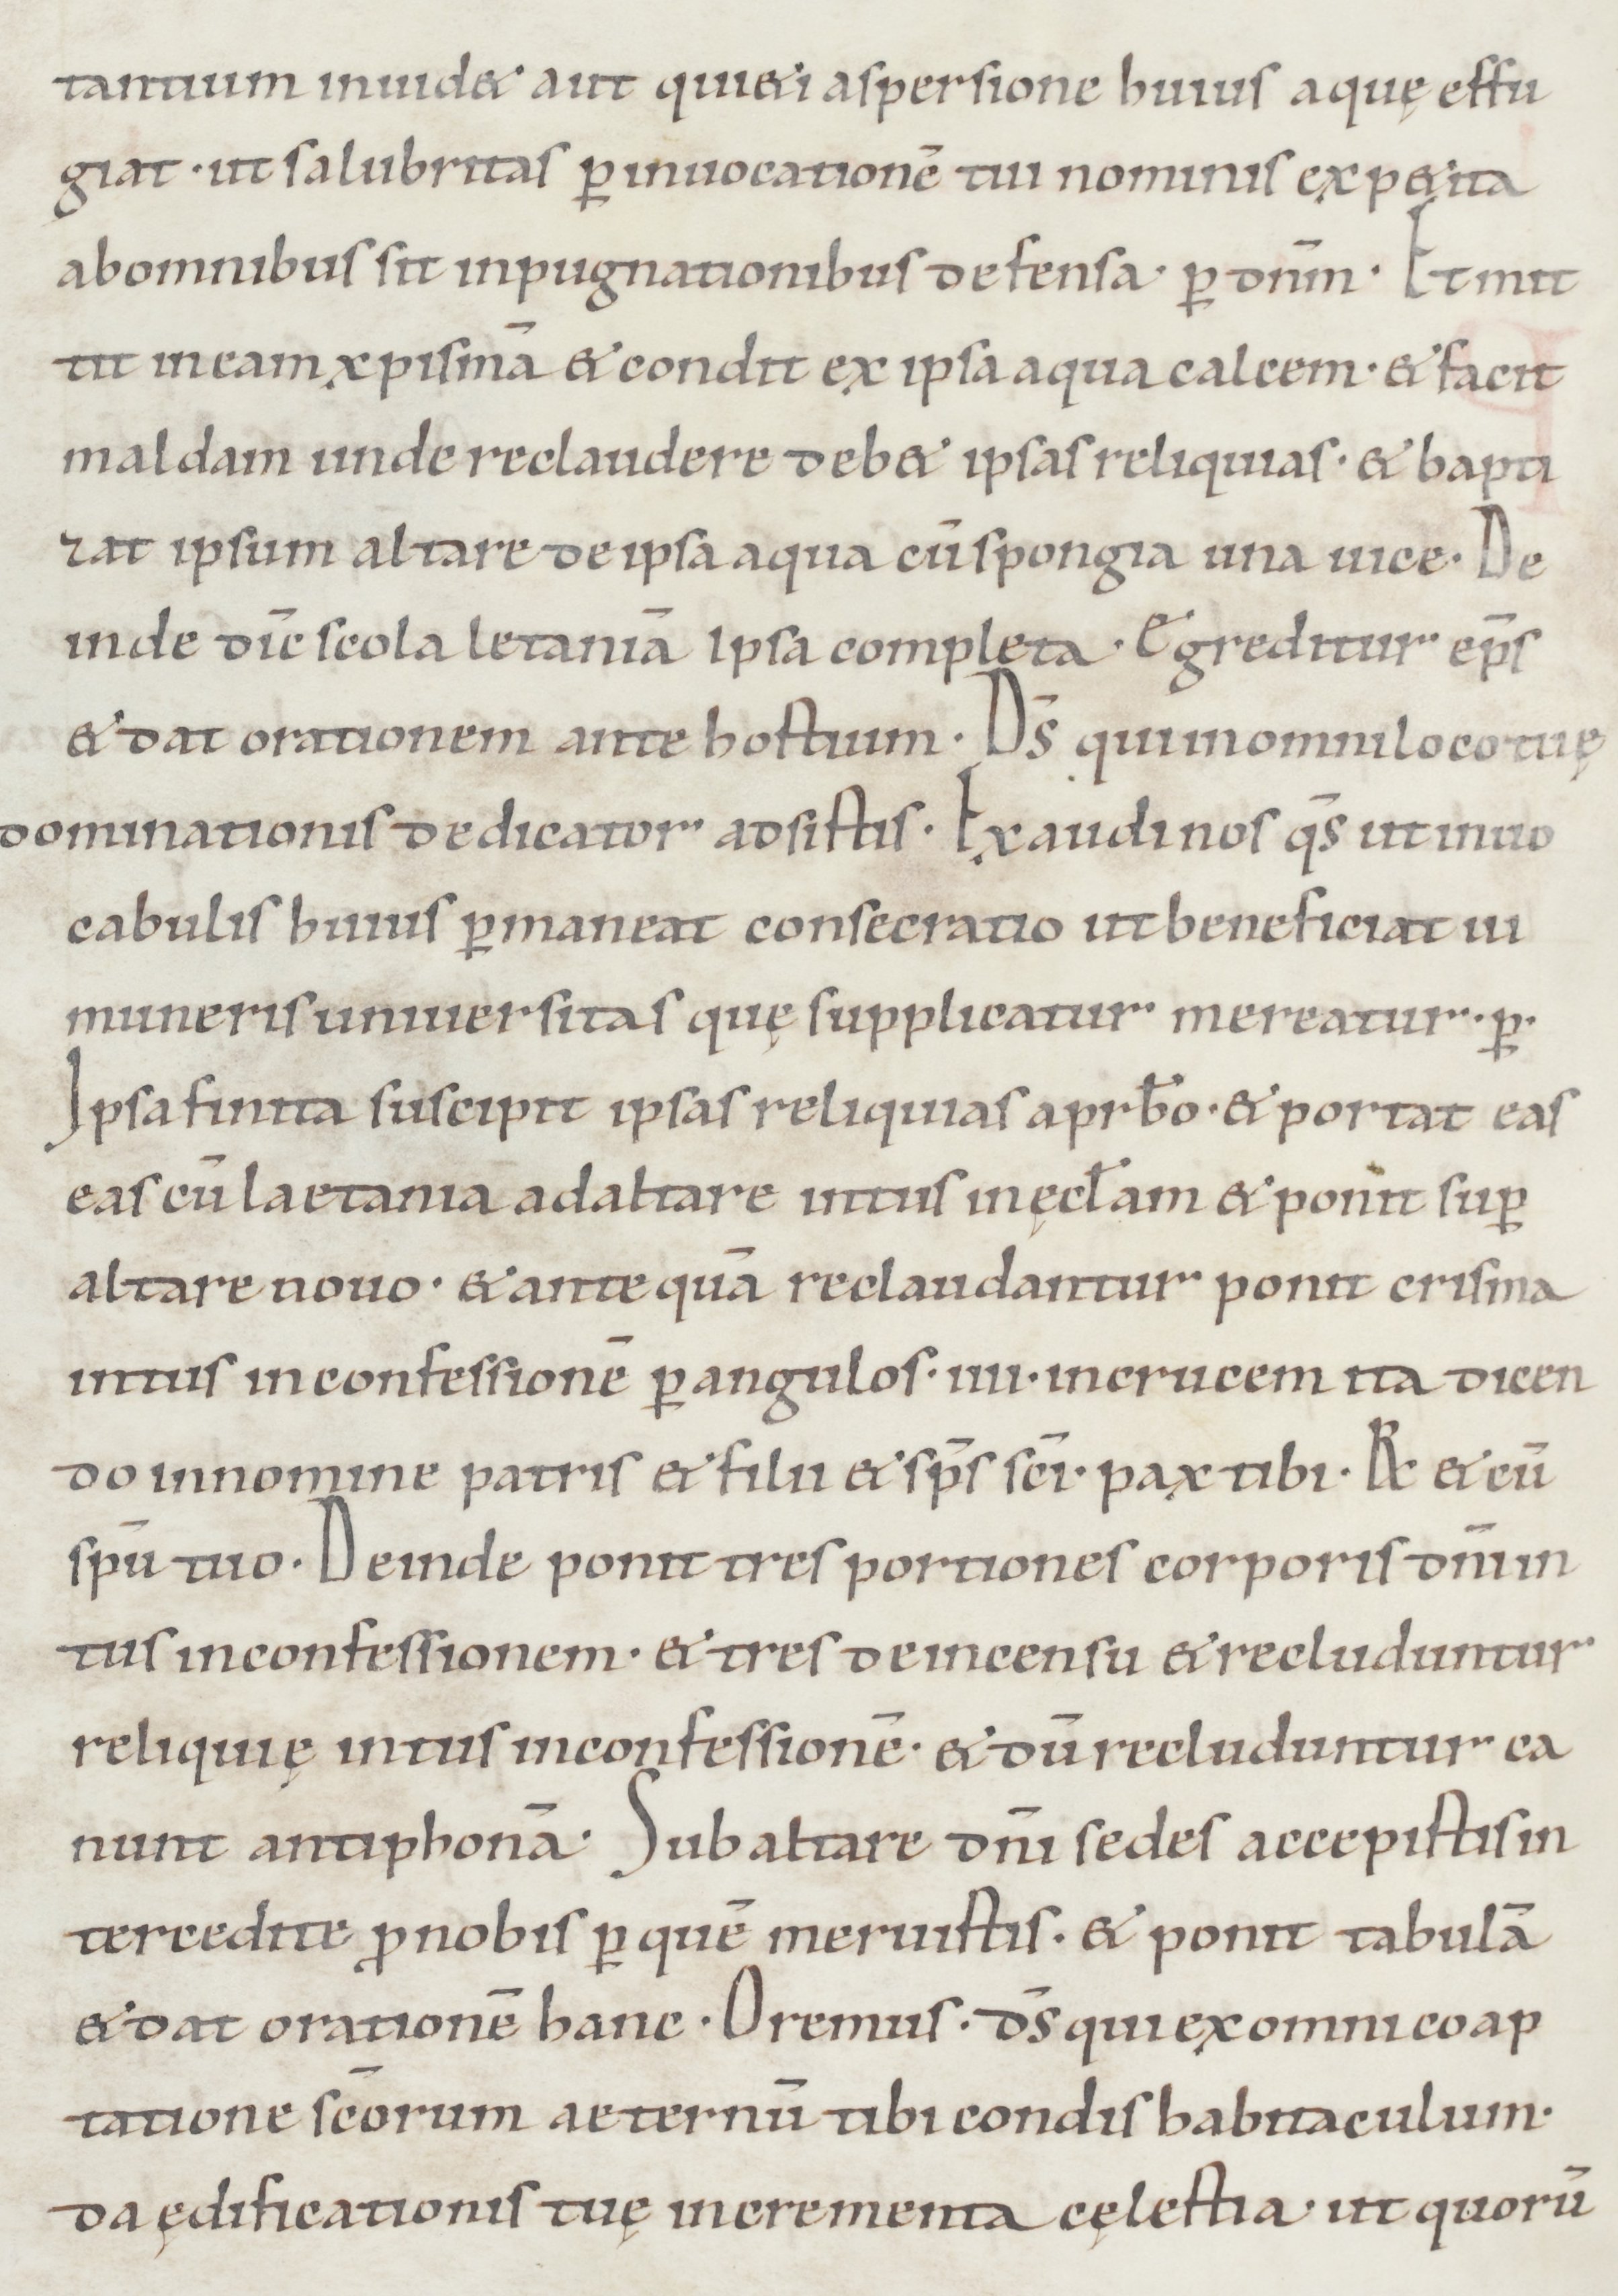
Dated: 1050–1099